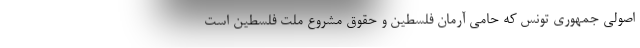
اصولی جمهوری تونس که حامی آرمان فلسطین و حقوق مشروع ملت فلسطین است